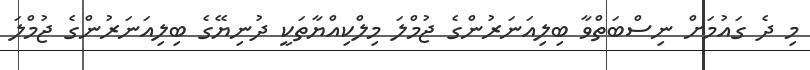
މި ދެ ގައުމަށް ނިސްބަތްވާ ބިލިއަނަރުންގެ ޖުމްލަ މިލްކިއްޔާތަކީ ދުނިޔޭގެ ބިލިއަނަރުންގެ ޖުމްލަ